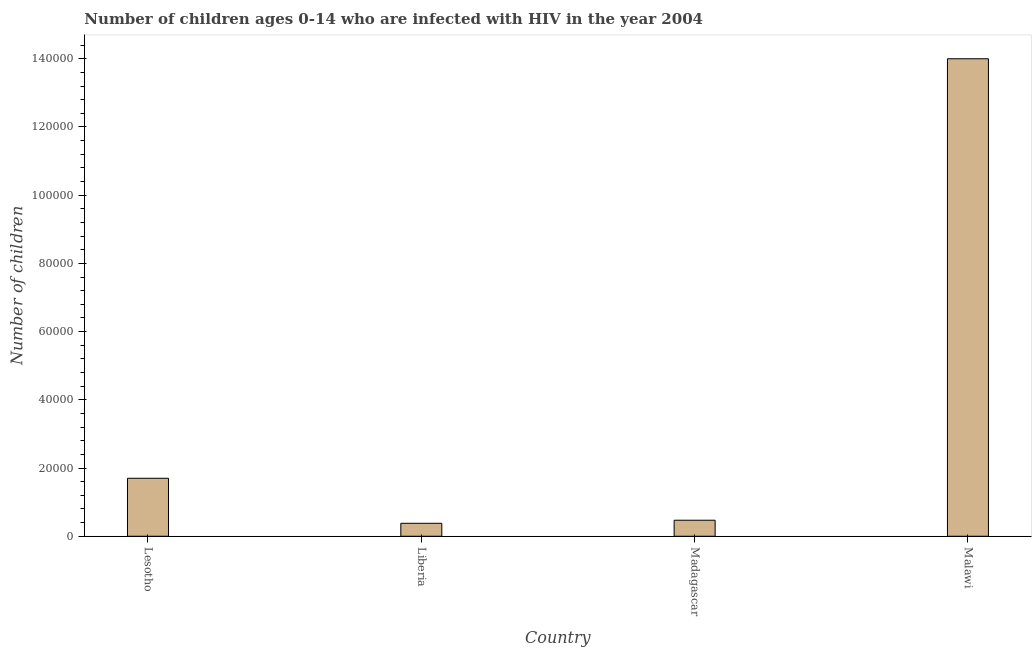
| Country | Children (0-14) living with HIV |
 | --- | --- |
 | Lesotho | 1.7e+04 |
 | Liberia | 3.8e+03 |
 | Madagascar | 4.7e+03 |
 | Malawi | 1.4e+05 |